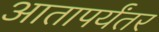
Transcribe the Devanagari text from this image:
आतापर्यंतर